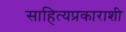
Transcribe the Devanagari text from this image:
साहित्यप्रकाराशी